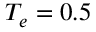
T _ { e } = 0 . 5